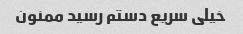
خیلی سریع دستم رسید ممنون